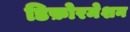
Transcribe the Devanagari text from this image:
डिफ़ोरमेशन